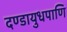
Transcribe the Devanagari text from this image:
दण्डायुधपाणि